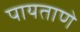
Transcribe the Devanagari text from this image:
पायताणे